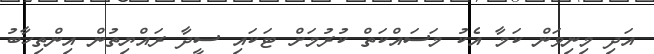
އަދި މިނިވަން ކަމާ އެކު މަސައްކަތް ކުރުމަށް ޓަކައި ސީދާ ރައްޔިތުން އިންތިހާބު